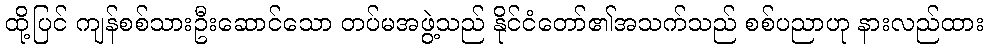
ထို့ပြင် ကျန်စစ်သားဦးဆောင်သော တပ်မအဖွဲ့သည် နိုင်ငံတော်၏အသက်သည် စစ်ပညာဟု နားလည်ထား